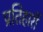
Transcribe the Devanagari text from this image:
प्रतिहारीं